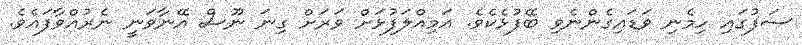
ސަފުގައި ހިމެނި ވަޑައިގެންނެވި ބޭފުޅެކެވެ. އަމިއްލަފުޅަށް ވަރަށް ގިނަ ނޫސް އޭނާވަނީ ނެރުއްވާފައެވެ.